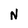
Character: N